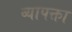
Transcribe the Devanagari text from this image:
व्यापक्ता